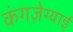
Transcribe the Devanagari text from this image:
कंगज़ेग्याई